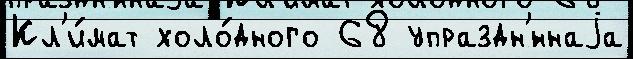
Кл'и́мат холо́дного 68 упраздн'́ннаjа